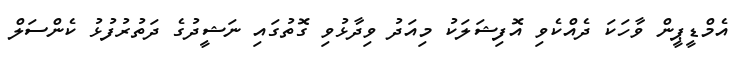
އެމްޑީޕީން ވާހަކަ ދެއްކެވި އޮފިޝަލަކު މިއަދު ވިދާޅުވި ގޮތުގައި ނަޝީދުގެ ދަތުރުފުޅު ކެންސަލް